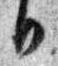
日